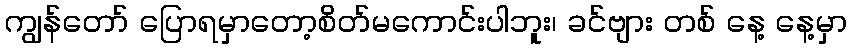
ကျွန်တော် ပြောရမှာတော့စိတ်မကောင်းပါဘူး၊ ခင်ဗျား တစ် နေ့ နေ့မှာ